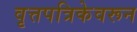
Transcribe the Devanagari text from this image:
वृत्तपत्रिकेवरून